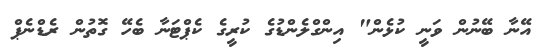
އޭނާ ބޭނުން ވަނީ ކުޅެން" އިންގްލެންޑުގެ ކުރީގެ ކެޕްޓަނާ ބެހޭ ގޮތުން ރެޑްނެޕް